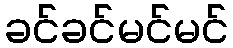
ခင်ခင်မင်မင်